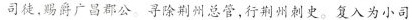
司徒，赐爵广昌郡公。寻除荆州总管，行荆州刺史，复入为小司